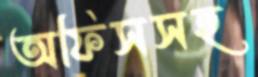
অফিসসহ